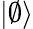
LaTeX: |\emptyset\rangle